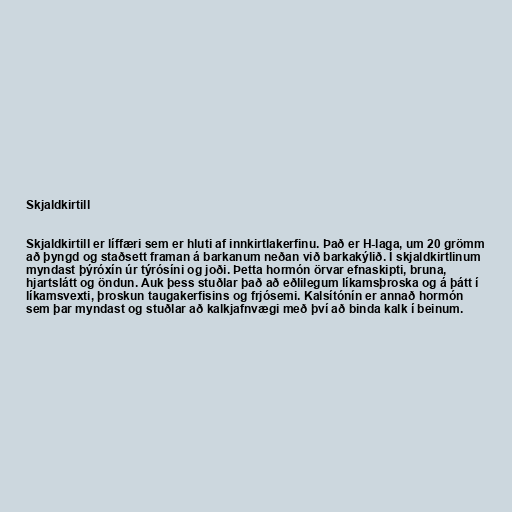
Skjaldkirtill

Skjaldkirtill er líffæri sem er hluti af innkirtlakerfinu. Það er H-laga, um 20 grömm
að þyngd og staðsett framan á barkanum neðan við barkakýlið. Í skjaldkirtlinum
myndast þýróxín úr týrósíni og joði. Þetta hormón örvar efnaskipti, bruna,
hjartslátt og öndun. Auk þess stuðlar það að eðlilegum líkamsþroska og á þátt í
líkamsvexti, þroskun taugakerfisins og frjósemi. Kalsítónín er annað hormón
sem þar myndast og stuðlar að kalkjafnvægi með því að binda kalk í beinum.